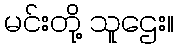
မင်းတို့ သူဌေး။